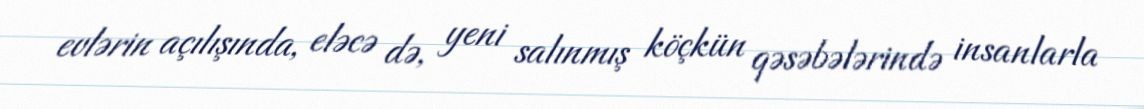
evlərin açılışında, eləcə də, yeni salınmış köçkün qəsəbələrində insanlarla